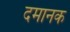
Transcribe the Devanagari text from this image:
दमानक